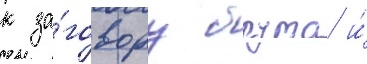
к за́говору брута и́